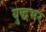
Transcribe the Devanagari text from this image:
युद्धभर